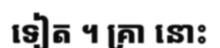
ទៀត ។ គ្រា នោះ